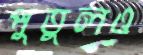
পুতুলও